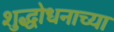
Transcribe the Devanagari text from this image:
शुद्धोधनाच्या